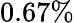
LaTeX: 0.67\%